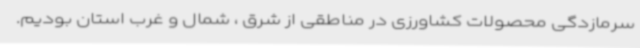
سرمازدگی محصولات کشاورزی در مناطقی از شرق ، شمال و غرب استان بودیم.